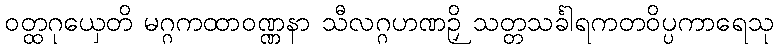
ဝတ္ထဂုယှေတိ မဂ္ဂကထာဝဏ္ဏနာ သီလဂ္ဂဟဏဉှိ သတ္တသင်္ခါရကတဝိပ္ပကာရေသု